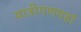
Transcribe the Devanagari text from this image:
यात्रीगणयहां